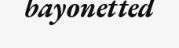
bayonetted